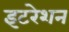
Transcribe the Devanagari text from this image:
इटरेशन